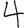
Digit: 4